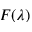
F ( \lambda )